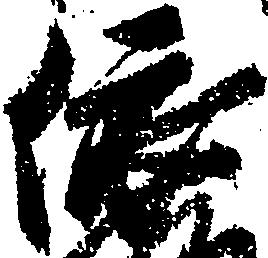
依